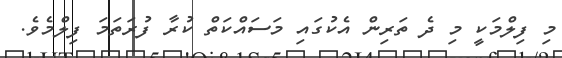
މި ފިލްމަކީ މި ދެ ތަރިން އެކުގައި މަސައްކަތް ކުރާ ފުރަތަމަ ފިލްމެވެ.